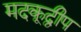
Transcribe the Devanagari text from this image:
मदकूद्वीप